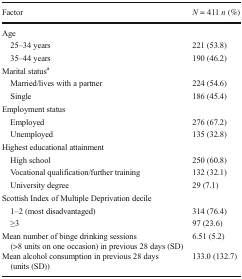
<table><thead><tr><td><b>Factor</b></td><td><b><i>N</i> = 411 <i>n</i> (%)</b></td></tr></thead><tbody><tr><td colspan="2">Age</td></tr><tr><td> 25–34 years</td><td>221 (53.8)</td></tr><tr><td> 35–44 years</td><td>190 (46.2)</td></tr><tr><td colspan="2">Marital status<sup>a</sup></td></tr><tr><td> Married/lives with a partner</td><td>224 (54.6)</td></tr><tr><td> Single</td><td>186 (45.4)</td></tr><tr><td colspan="2">Employment status</td></tr><tr><td> Employed</td><td>276 (67.2)</td></tr><tr><td> Unemployed</td><td>135 (32.8)</td></tr><tr><td colspan="2">Highest educational attainment</td></tr><tr><td> High school</td><td>250 (60.8)</td></tr><tr><td> Vocational qualification/further training</td><td>132 (32.1)</td></tr><tr><td> University degree</td><td>29 (7.1)</td></tr><tr><td colspan="2">Scottish Index of Multiple Deprivation decile</td></tr><tr><td> 1–2 (most disadvantaged)</td><td>314 (76.4)</td></tr><tr><td> ≥3</td><td>97 (23.6)</td></tr><tr><td>Mean number of binge drinking sessions (&gt;8 units on one occasion) in previous 28 days (SD)</td><td>6.51 (5.2)</td></tr><tr><td>Mean alcohol consumption in previous 28 days (units (SD))</td><td>133.0 (132.7)</td></tr></tbody></table>